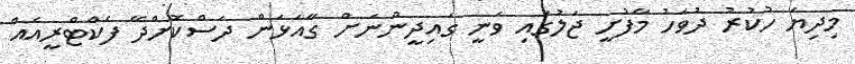
މިދިޔަ ހުކުރު ދުވަހު މާފުށީ ޖަލުގައި ވަނީ ގައިދީންނަށް ގާއަޅަން ދަސްކޮށްދޭ ފެކްޓްރީއެއް